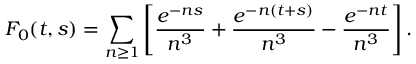
F _ { 0 } ( t , s ) = \sum _ { n \geq 1 } \left[ { \frac { e ^ { - n s } } { n ^ { 3 } } } + { \frac { e ^ { - n ( t + s ) } } { n ^ { 3 } } } - { \frac { e ^ { - n t } } { n ^ { 3 } } } \right] .